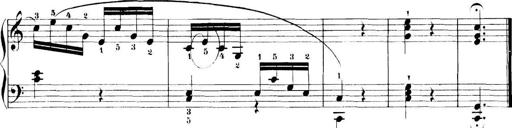
Title: 11 Sonatinas
Composer: Anton Diabelli